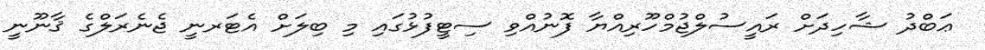
ޢަބްދު ޝާހިދަށް ރައީސުލްޖުމްހޫރިއްޔާ ފޮނުއްވި ސިޓީފުޅުގައި މި ބިލަށް އެޓަރނީ ޖެނެރަލްގެ ޤާނޫނީ